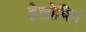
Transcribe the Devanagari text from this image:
हेलोविन